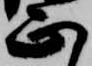
正